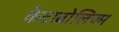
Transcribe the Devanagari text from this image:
कैटाबोलिज्म